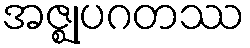
အဇ္ဈုပဂတဿ